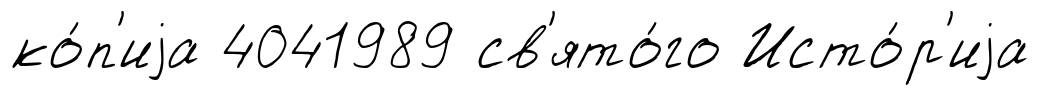
ко́п'иjа 4041989 св'ято́го Исто́р'иjа